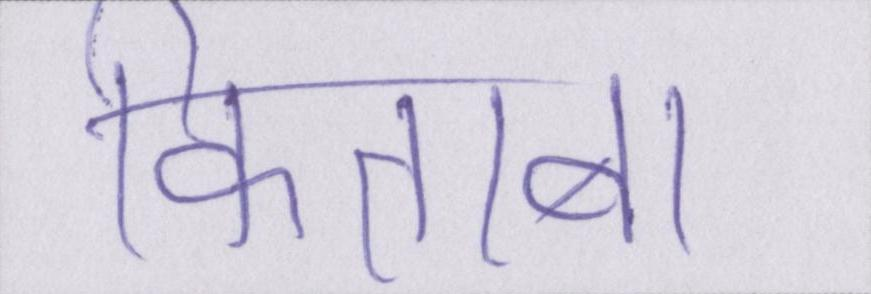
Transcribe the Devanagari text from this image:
किताब।